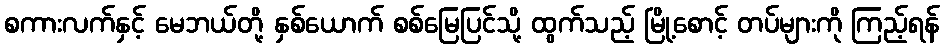
စကားလက်နှင့် မေဘယ်တို့ နှစ်ယောက် စစ်မြေပြင်သို့ ထွက်သည့် မြို့စောင့် တပ်များကို ကြည့်ရန်